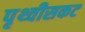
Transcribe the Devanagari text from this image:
पृथ्वीसकट